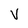
Character: V